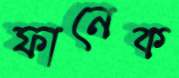
ফানেক